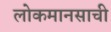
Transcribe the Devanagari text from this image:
लोकमानसाची